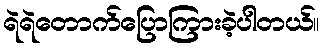
ရဲရဲတောက်ပြောကြားခဲ့ပါတယ်။